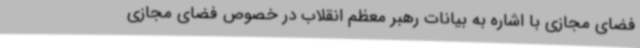
فضای مجازی با اشاره به بیانات رهبر معظم انقلاب در خصوص فضای مجازی